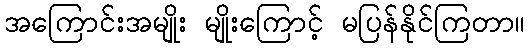
အကြောင်းအမျိုး မျိုးကြောင့် မပြန်နိုင်ကြတာ။